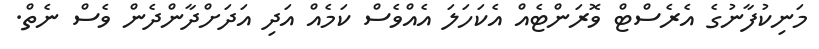
މަނިކުފާނުގެ އެރެސްޓް ވޮރަންޓެއް އެކަހަލަ އެއްވެސް ކަމެއް އަދި އަދަށްދާންދެން ވެސް ނެތް.